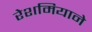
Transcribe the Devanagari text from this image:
रेशमियाने